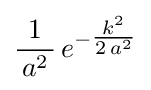
{\frac {1}{\,a^{2}\,}}\,e^{-{\tfrac {k^{2}}{2\,a^{2}}}}